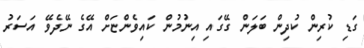
ގަޑި ކުރިން ކުދިން ބަލަން ގޭގައި އިނުމުން ކައިވެންޏަށް އޭގެ ނޭދެވޭ އަސަރު